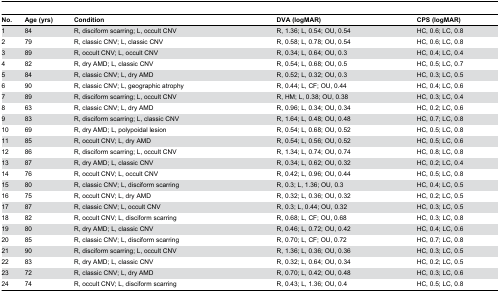
<table><thead><tr><td><b>No.</b></td><td><b>Age (yrs)</b></td><td><b>Condition</b></td><td><b>DVA (logMAR)</b></td><td><b>CPS (logMAR)</b></td></tr></thead><tbody><tr><td>1</td><td>84</td><td>R, disciform scarring; L, occult CNV</td><td>R, 1.36; L, 0.54; OU, 0.54</td><td>HC, 0.6; LC, 0.8</td></tr><tr><td>2</td><td>79</td><td>R, classic CNV; L, classic CNV</td><td>R, 0.58; L, 0.78; OU, 0.54</td><td>HC, 0.6; LC, 0.8</td></tr><tr><td>3</td><td>89</td><td>R, occult CNV; L, occult CNV</td><td>R, 0.34; L, 0.64; OU, 0.3</td><td>HC, 0.4; LC, 0.4</td></tr><tr><td>4</td><td>82</td><td>R, dry AMD; L, classic CNV</td><td>R, 0.54; L, 0.68; OU, 0.5</td><td>HC, 0.5; LC, 0.7</td></tr><tr><td>5</td><td>84</td><td>R, classic CNV; L, dry AMD</td><td>R, 0.52; L, 0.32; OU, 0.3</td><td>HC, 0.3; LC, 0.5</td></tr><tr><td>6</td><td>90</td><td>R, classic CNV; L, geographic atrophy</td><td>R, 0.44; L, CF; OU, 0.44</td><td>HC, 0.4; LC, 0.6</td></tr><tr><td>7</td><td>89</td><td>R, disciform scarring; L, occult CNV</td><td>R, HM; L, 0.38; OU, 0.38</td><td>HC, 0.3; LC, 0.4</td></tr><tr><td>8</td><td>63</td><td>R, classic CNV; L, dry AMD</td><td>R, 0.96; L, 0.34; OU, 0.34</td><td>HC, 0.2; LC, 0.6</td></tr><tr><td>9</td><td>83</td><td>R, disciform scarring; L, classic CNV</td><td>R, 1.64; L, 0.48; OU, 0.48</td><td>HC, 0.7; LC, 0.8</td></tr><tr><td>10</td><td>69</td><td>R, dry AMD; L, polypoidal lesion</td><td>R, 0.54; L, 0.68; OU, 0.52</td><td>HC, 0.5; LC, 0.8</td></tr><tr><td>11</td><td>85</td><td>R, occult CNV; L, dry AMD</td><td>R, 0.54; L, 0.56; OU, 0.52</td><td>HC, 0.5; LC, 0.6</td></tr><tr><td>12</td><td>86</td><td>R, disciform scarring; L, occult CNV</td><td>R, 1.34; L, 0.74; OU, 0.74</td><td>HC, 0.8; LC, 0.8</td></tr><tr><td>13</td><td>87</td><td>R, dry AMD; L, classic CNV</td><td>R, 0.34; L, 0.62; OU, 0.32</td><td>HC, 0.2; LC, 0.4</td></tr><tr><td>14</td><td>76</td><td>R, occult CNV; L, occult CNV</td><td>R, 0.42; L, 0.96; OU, 0.44</td><td>HC, 0.5; LC, 0.8</td></tr><tr><td>15</td><td>80</td><td>R, classic CNV; L, disciform scarring</td><td>R, 0.3; L, 1.36; OU, 0.3</td><td>HC, 0.4; LC, 0.5</td></tr><tr><td>16</td><td>75</td><td>R, occult CNV; L, dry AMD</td><td>R, 0.32; L, 0.36; OU, 0.32</td><td>HC, 0.2; LC, 0.5</td></tr><tr><td>17</td><td>87</td><td>R, classic CNV; L, occult CNV</td><td>R, 0.3; L, 0.44; OU, 0.32</td><td>HC, 0.3; LC, 0.5</td></tr><tr><td>18</td><td>82</td><td>R, occult CNV; L, disciform scarring</td><td>R, 0.68; L, CF; OU, 0.68</td><td>HC, 0.3; LC, 0.8</td></tr><tr><td>19</td><td>80</td><td>R, dry AMD; L, classic CNV</td><td>R, 0.46; L, 0.72; OU, 0.42</td><td>HC, 0.4; LC, 0.6</td></tr><tr><td>20</td><td>85</td><td>R, classic CNV; L, disciform scarring</td><td>R, 0.70; L, CF; OU, 0.72</td><td>HC, 0.7; LC, 0.8</td></tr><tr><td>21</td><td>90</td><td>R, disciform scarring; L, occult CNV</td><td>R, 1.36; L, 0.36; OU, 0.36</td><td>HC, 0.3; LC, 0.5</td></tr><tr><td>22</td><td>83</td><td>R, dry AMD; L, classic CNV</td><td>R, 0.32; L, 0.64; OU, 0.34</td><td>HC, 0.2; LC, 0.5</td></tr><tr><td>23</td><td>72</td><td>R, classic CNV; L, dry AMD</td><td>R, 0.70; L, 0.42; OU, 0.48</td><td>HC, 0.3; LC, 0.6</td></tr><tr><td>24</td><td>74</td><td>R, occult CNV; L, disciform scarring</td><td>R, 0.43; L, 1.36; OU, 0.4</td><td>HC, 0.5; LC, 0.8</td></tr></tbody></table>